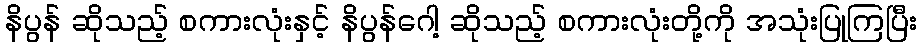
နိပွန် ဆိုသည့် စကားလုံးနှင့် နိပွန်ဂေါ့ ဆိုသည့် စကားလုံးတို့ကို အသုံးပြုကြပြီး